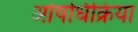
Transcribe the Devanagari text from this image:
ओषधिक्रिया